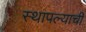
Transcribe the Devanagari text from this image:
स्थापल्याची